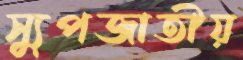
স্যুপজাতীয়